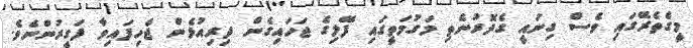
މީގެތެރޭގައި ވެސް ގިނައީ ގެދޮރުނެތި މަގުމަތީގައި ފޭލިގެ ޖަހައިގެން ދިރިއުޅެން ޖެހިފައިވާ ފަގީރުންނެވެ.